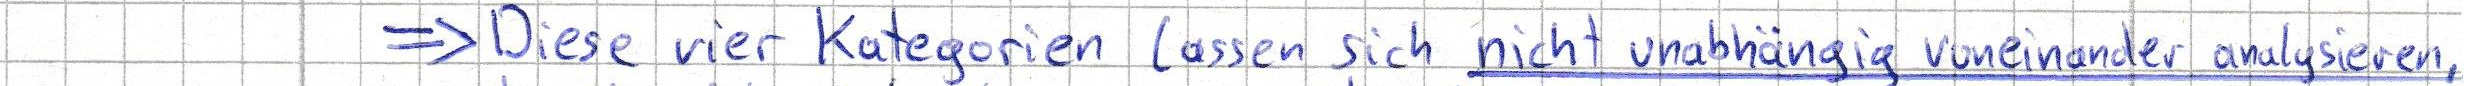
=> Diese vier Kategorien lassen sich nicht unabhängig voneinander analysieren,